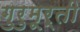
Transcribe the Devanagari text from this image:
गुरुमूर्ती